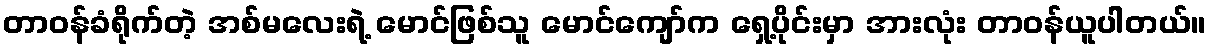
တာဝန်ခံရိုက်တဲ့ အစ်မလေးရဲ့ မောင်ဖြစ်သူ မောင်ကျော်က ရှေ့ပိုင်းမှာ အားလုံး တာဝန်ယူပါတယ်။